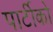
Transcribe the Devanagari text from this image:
पार्टीको